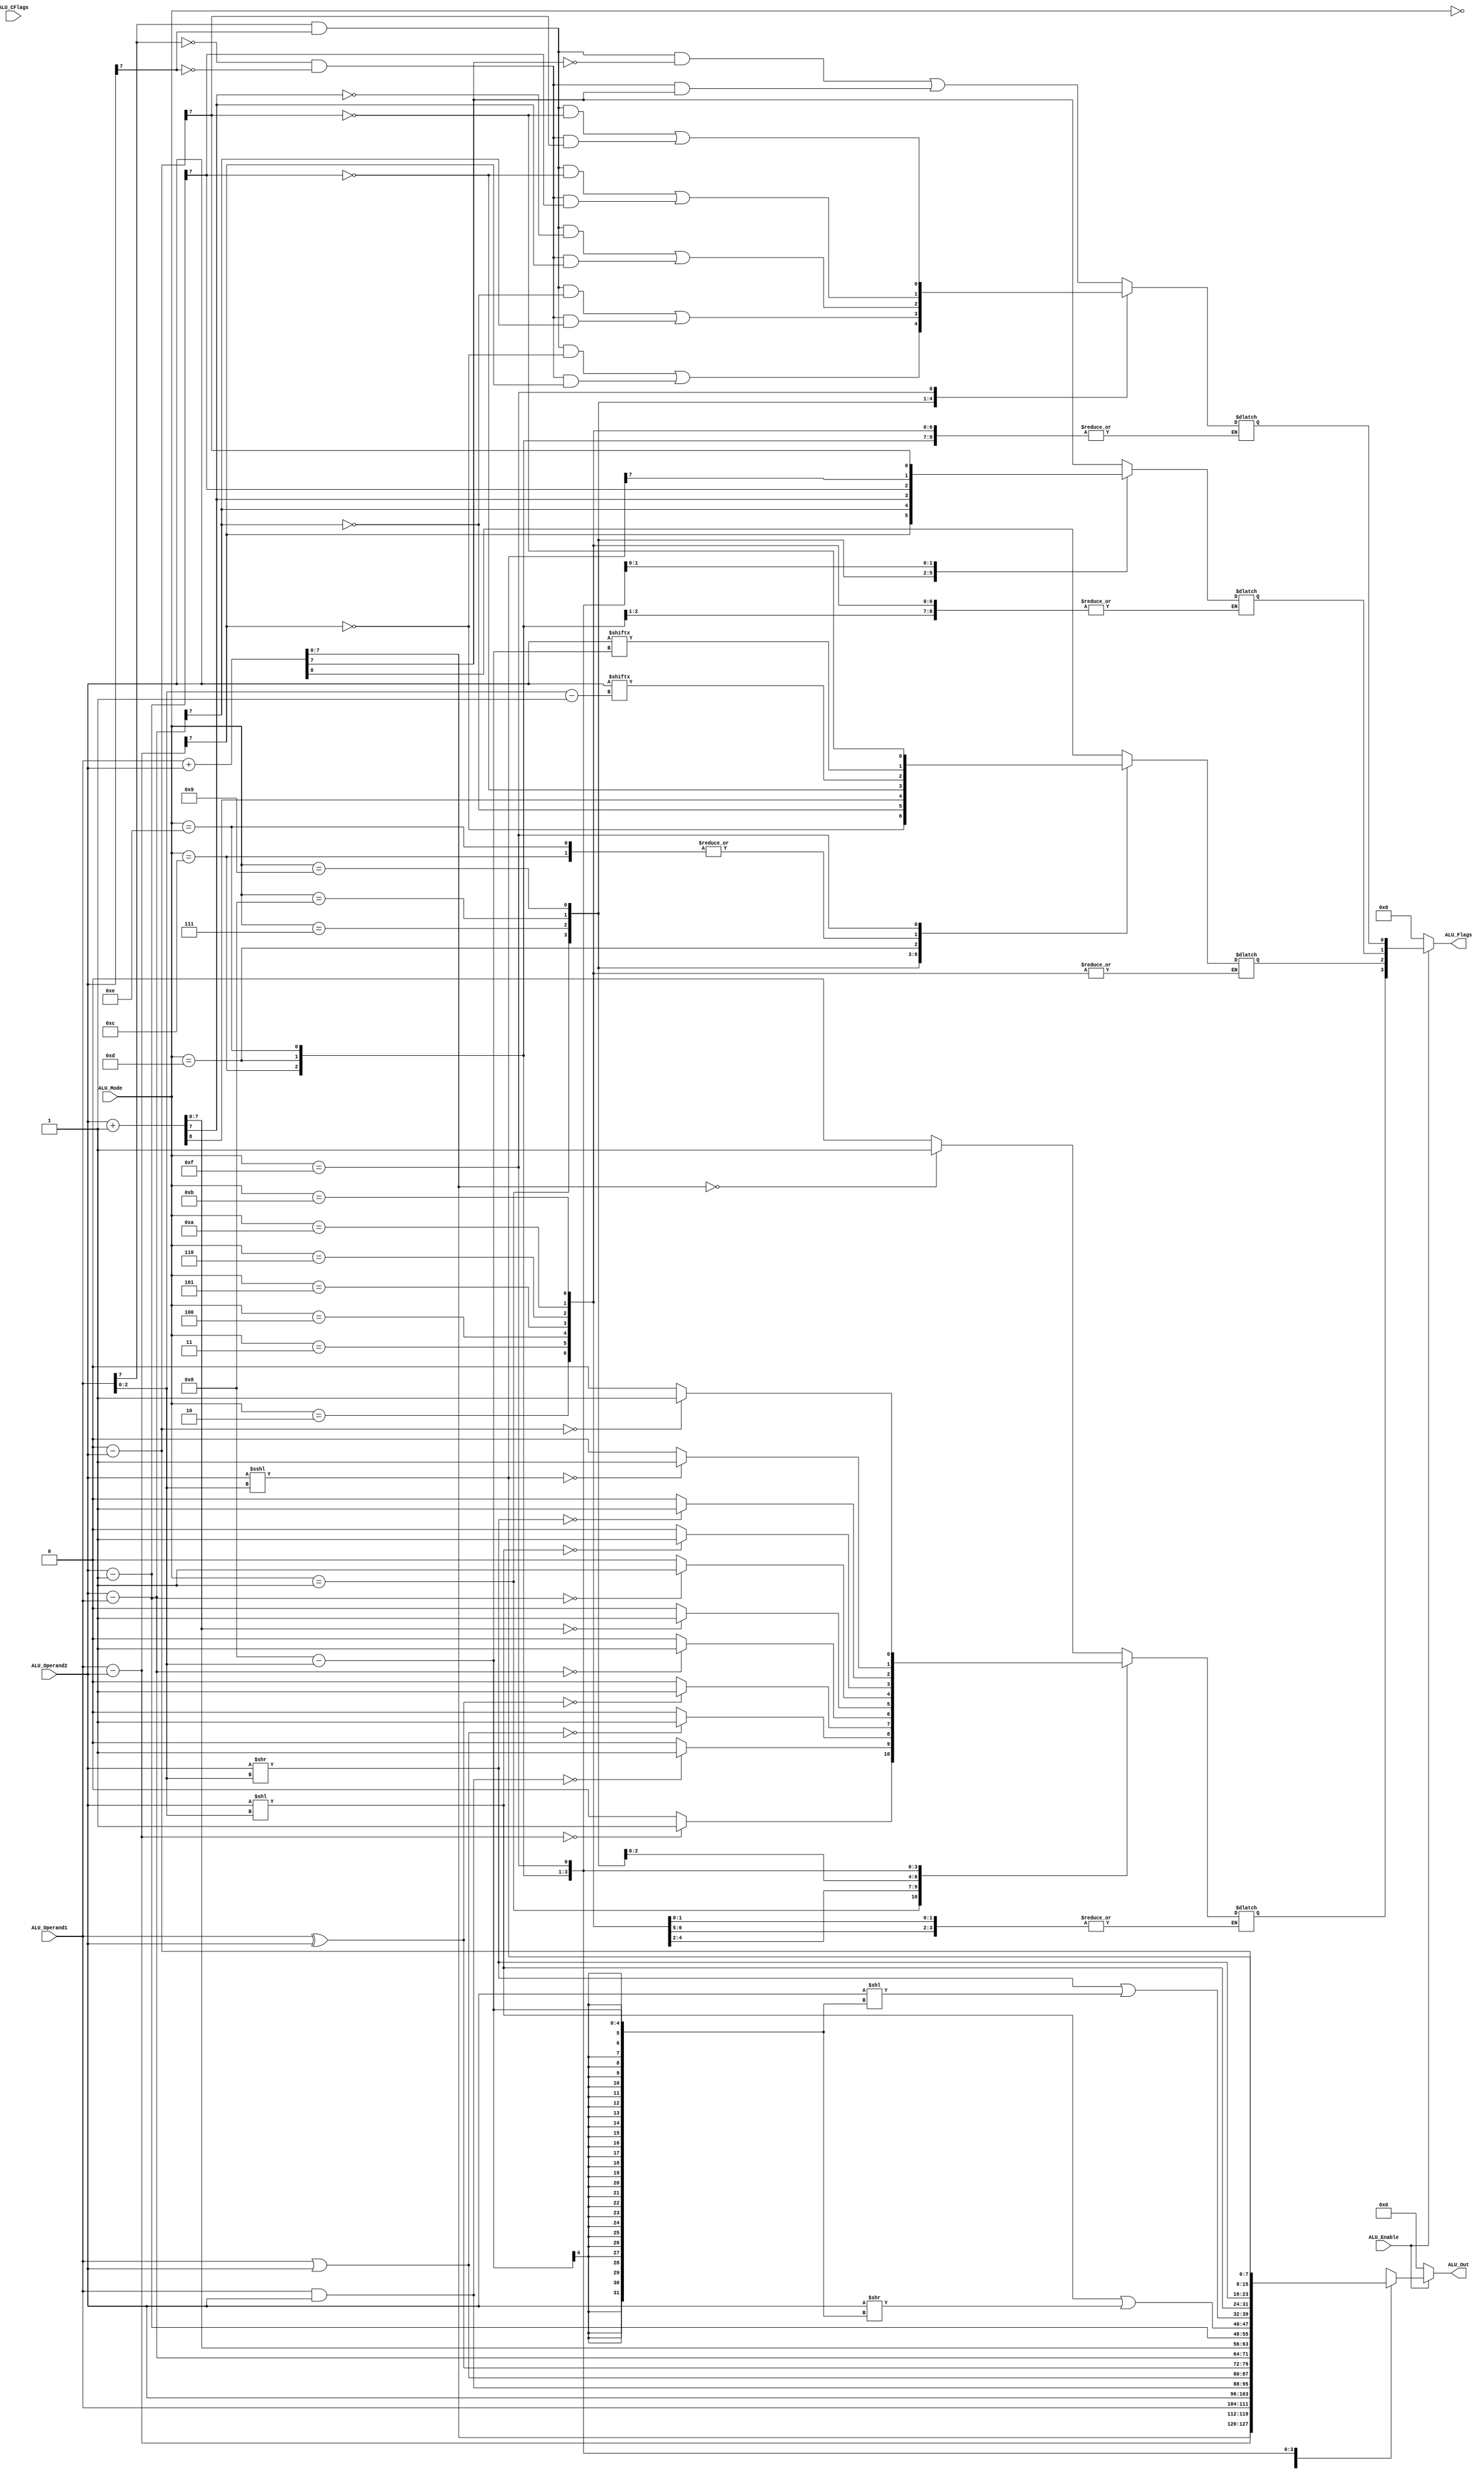
`timescale 1ns / 1ps
//////////////////////////////////////////////////////////////////////////////////
// Company: 
// Engineer: 
// 
// Design Name: 
// Module Name: ALU
// Project Name: 
// Target Devices: 
// Tool Versions: 
// Description: 
// 
// Dependencies: 
// 
// Revision:
// Revision 0.01 - File Created
// Additional Comments:
// 
//////////////////////////////////////////////////////////////////////////////////


module ALU(
    input [7:0] ALU_Operand1,
    input [7:0] ALU_Operand2,
    input ALU_Enable,
    input [3:0] ALU_Mode,
    input [3:0] ALU_CFlags,
    output [7:0] ALU_Out,
    output [3:0] ALU_Flags // Z, C, S, O
    );
    
    reg Carry, Overflow, Zero, Sign;
    reg [7:0] Out;
    
    always @ (*) begin
        case (ALU_Mode)
            4'h0: begin
                    {Carry, Out} = ALU_Operand1 + ALU_Operand2;
                    Zero = (Out==0) ? 1'b1:1'b0;
                    Sign = Out[7];
                    Overflow =  (ALU_Operand1[7] && ALU_Operand2[7] && !Out[7]) || (!ALU_Operand1[7] && !ALU_Operand2[7] && Out[7]);                 
                  end
            4'h1: begin
                      Out = ALU_Operand1 - ALU_Operand2;
                      Zero = (Out==0) ? 1'b1:1'b0;
                      Sign = Out[7];
                      Carry = !Out[7];
                      Overflow =  (ALU_Operand1[7] && ALU_Operand2[7] && !Out[7]) || (!ALU_Operand1[7] && !ALU_Operand2[7] && Out[7]); 
                  end
            4'h2: Out = ALU_Operand1;
            4'h3: Out = ALU_Operand2;
            4'h4: begin
                  Out = ALU_Operand1 & ALU_Operand2;
                  Zero = (Out==0) ? 1'b1:1'b0;
                  end                 
            4'h5: begin
                  Out = ALU_Operand1 | ALU_Operand2;
                  Zero = (Out==0) ? 1'b1:1'b0;
                  end
            4'h6: begin
                  Out = ALU_Operand1 ^ ALU_Operand2;
                  Zero = (Out==0) ? 1'b1:1'b0;
                  end
            4'h7: begin
                    Out = ALU_Operand2 - ALU_Operand1;
                    Carry = !Out[7];
                    Zero = (Out==0) ? 1'b1:1'b0;
                    Sign = Out[7];
                    Overflow =  (ALU_Operand1[7] && ALU_Operand2[7] && !Out[7]) || (!ALU_Operand1[7] && !ALU_Operand2[7] && Out[7]); 
                  end
            4'h8: begin
                  {Carry, Out} = ALU_Operand2 + 1;
                  Overflow =  (ALU_Operand1[7] && ALU_Operand2[7] && !Out[7]) || (!ALU_Operand1[7] && !ALU_Operand2[7] && Out[7]); 
                  Zero = (Out==0) ? 1'b1:1'b0;
                  Sign = Out[7];
                  end
            4'h9: begin
                    Out = ALU_Operand2 - 1;
                    Zero = (Out==0) ? 1'b1:1'b0;
                    Sign = Out[7];
                    Carry = !Out[7];
                    Overflow =  (ALU_Operand1[7] && ALU_Operand2[7] && !Out[7]) || (!ALU_Operand1[7] && !ALU_Operand2[7] && Out[7]); 
                  end
            4'hA: Out = (ALU_Operand2 << ALU_Operand1[2:0]) | (ALU_Operand2 >> (8 - ALU_Operand1[2:0]));
            4'hB: Out = (ALU_Operand2 >> ALU_Operand1[2:0]) | (ALU_Operand2 << (8 - ALU_Operand1[2:0]));
            4'hC: begin
                  {Carry, Out}= {ALU_Operand2[8-ALU_Operand1[2:0]], ALU_Operand2 << ALU_Operand1[2:0]};
                  Zero = (Out==0) ? 1'b1:1'b0;
                  end
            4'hD: begin
                  {Carry, Out}= {ALU_Operand2[ALU_Operand1[2:0]-1], ALU_Operand2 >> ALU_Operand1[2:0]};
                  Zero = (Out==0) ? 1'b1:1'b0;
                  end
            4'hE: begin
                  {Carry, Out}= {ALU_Operand2[8-ALU_Operand1[2:0]], ALU_Operand2 <<< ALU_Operand1[2:0]};
                  Zero = (Out==0) ? 1'b1:1'b0;
                  Sign = Out[7];
                  end
            4'hF: begin
                    Out = 8'h00 - ALU_Operand2;
                    Carry = !Out[7];
                    Zero = (Out==0) ? 1'b1:1'b0;
                    Sign = Out[7];
                    Overflow =  (ALU_Operand1[7] && ALU_Operand2[7] && !Out[7]) || (!ALU_Operand1[7] && !ALU_Operand2[7] && Out[7]); 
                  end
            default: Out = ALU_Operand2;
        endcase
    end
    assign ALU_Flags = (ALU_Enable)?{ Zero, Carry, Sign, Overflow}:0;
    assign ALU_Out = (ALU_Enable)? Out:0;
endmodule